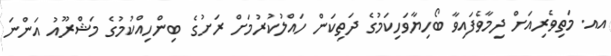
އއ. މަތިވެރިއަށް ދިމާވެފައިވާ ބޯހިޔާވަހިކަމުގެ ދަތިކަން ހައްލުކުރުމަށް ރަށުގެ ބިންހިއްކުމުގެ މަޝްރޫއު އަންނަ